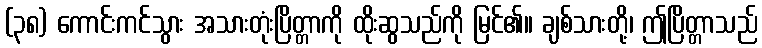
(၃၈) ကောင်းကင်သွား အသားတုံးပြိတ္တာကို ထိုးဆွသည်ကို မြင်၏။ ချစ်သားတို့၊ ဤပြိတ္တာသည်